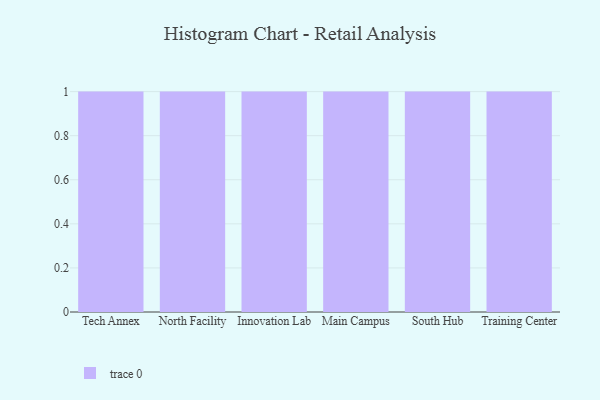
{"axis": {"x": "Campus", "y": "Energy Usage (MWh)"}, "legend": [""], "data": [{"x": "Tech Annex", "y": 2, "type": ""}, {"x": "North Facility", "y": 36, "type": ""}, {"x": "Innovation Lab", "y": 57, "type": ""}, {"x": "Main Campus", "y": 51, "type": ""}, {"x": "South Hub", "y": 82, "type": ""}, {"x": "Training Center", "y": 72, "type": ""}]}